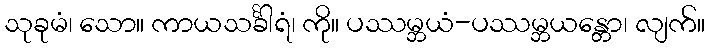
သုခုမံ၊ သော။ ကာယသင်္ခါရံ၊ ကို။ ပဿမ္ဘယံ-ပဿမ္ဘယန္တော၊ လျက်။